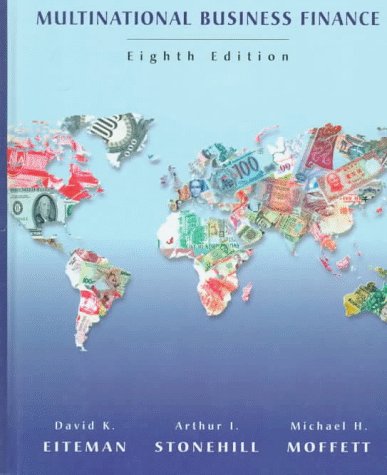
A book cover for Multinational Business Finance; David K. Eiteman; Business & Money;